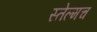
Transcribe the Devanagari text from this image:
स्तेल्मच